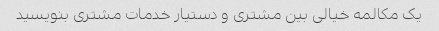
یک مکالمه خیالی بین مشتری و دستیار خدمات مشتری بنویسید